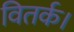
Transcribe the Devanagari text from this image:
वितर्क।